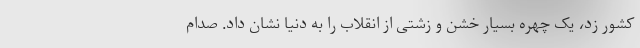
کشور زد، یک چهره بسیار خشن و زشتی از انقلاب را به دنیا نشان داد. صدام